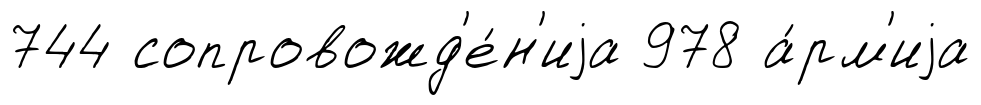
744 сопровожд'е́н'иjа 978 а́рм'иjа